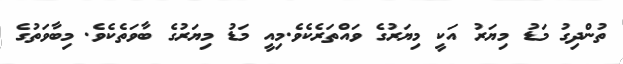
ތުންދިގު މަޑު މިޔަރު އަކީ މިޔަރުގެ ވައްތަރެކެވެ.މިއީ މަޑު މިޔަރުގެ ބާވަތެކެވެ. މިބާވަތުގެ